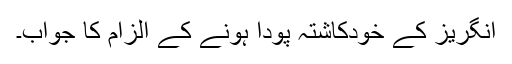
انگریز کے خودکاشتہ پودا ہونے کے الزام کا جواب۔